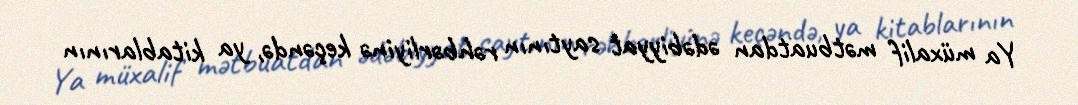
Ya müxalif mətbuatdan ədəbiyyat saytının rəhbərliyinə keçəndə, ya kitablarının